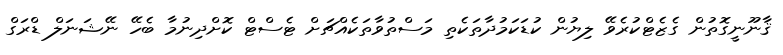
ޤާނޫނީގޮތުން ގެޒެޓްކުރެވޭ ލިޔުން ކުޑަކަމުދާތަކެތި މަސްތުވާތަކެއްޗަށް ޓެސްޓް ކޮށްދިނުމާ ބެހޭ ނޭޝަނަލް ޑްރަގް